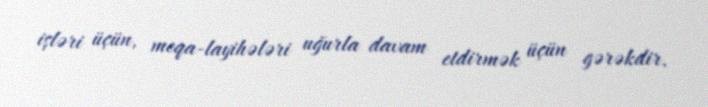
işləri üçün, meqa-layihələri uğurla davam etdirmək üçün gərəkdir.